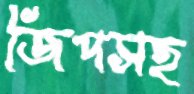
জিপসহ